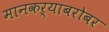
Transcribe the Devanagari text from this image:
मानकऱ्याबरोबर